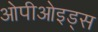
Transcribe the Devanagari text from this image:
ओपीओइड्स